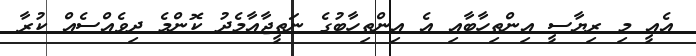
އެއީ މި ރިޔާސީ އިންތިހާބާއި އެ އިންތިހާބުގެ ނަތީޖާއާމެދު ކޮންމެ ދިވެއްސެއް ކުރާ